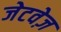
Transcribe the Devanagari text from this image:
जेटवेज़